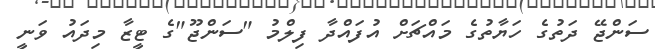
ސަންޖޭ ދަތުގެ ހަޔާތުގެ މައްޗަށް އުފައްދާ ފިލްމު "ސަންޖޫ"ގެ ޓީޒާ މިދައު ވަނީ